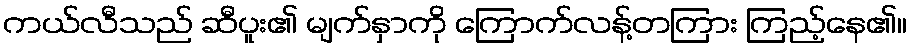
ကယ်လီသည် ဆီပူး၏ မျက်နှာကို ကြောက်လန့်တကြား ကြည့်နေ၏။